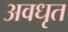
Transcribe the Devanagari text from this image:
अवधृत